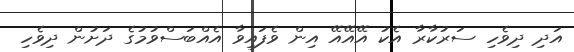
އަދި ދިވެހި ސަރުކާރާ އެކު އޭއޭއޭ އިން ވެފައިވާ އެއްބަސްވުމުގެ ދަށުން ދިވެހި